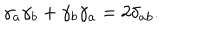
\gamma _ { a } \gamma _ { b } + \gamma _ { b } \gamma _ { a } = 2 \delta _ { a b } .